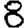
Digit: 8